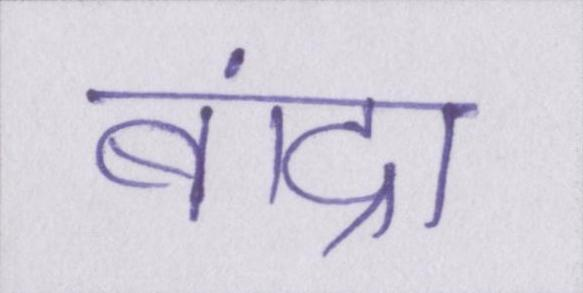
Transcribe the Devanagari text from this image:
बांद्रा